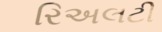
રિઅલટી